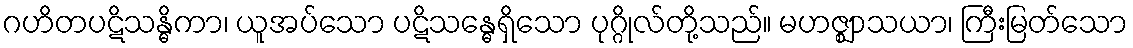
ဂဟိတပဋိသန္ဓိကာ၊ ယူအပ်သော ပဋိသန္ဓေရှိသော ပုဂ္ဂိုလ်တို့သည်။ မဟဇ္ဈာသယာ၊ ကြီးမြတ်သော